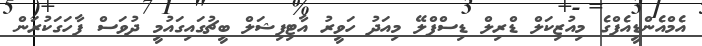
އެމްއެންޑީއެފްގެ މިއުޒިކަލް ޑްރިލް ޑިސްޕްލޭ މިއަދު ހަވީރު އާޓިފިޝަލް ބީޗުގައިގައުމީ ދުވަސް ފާހަގަކުރަން